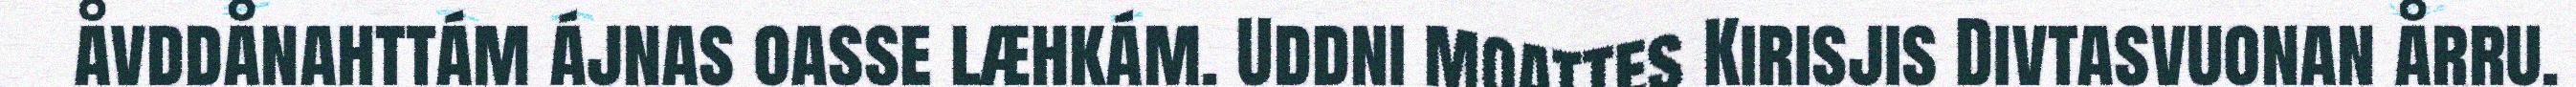
åvddånahttám ájnas oasse læhkám. Uddni moattes Kirisjis Divtasvuonan årru.